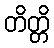
တိတ္တိ